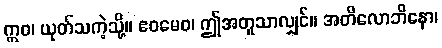
ဣဝ၊ ယုတ်သကဲ့သို့။ ဧဝမေဝ၊ ဤအတူသာလျှင်။ အတိလောဘိနော၊